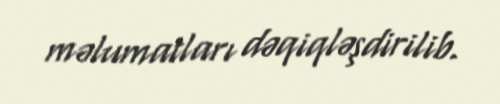
məlumatları dəqiqləşdirilib.